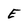
Character: e